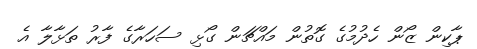
ޕާކިން ޒޯން ހެދުމުގެ ގޮތުން މައްޗަން ގޯޅި ސަހަރާގެ ފާރު ތަޅާލާ އެ